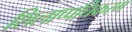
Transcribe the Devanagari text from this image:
शिलाप्पधिकरम